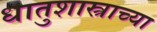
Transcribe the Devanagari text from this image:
धातुशास्त्राच्या